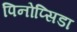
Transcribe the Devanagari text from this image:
पिनोप्सिडा